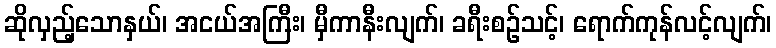
ဆိုလှည့်သောနှယ်၊ အငယ်အကြီး၊ မှီကာနီးလျက်၊ ခရီးစဉ်သင့်၊ ရောက်ကုန်လင့်လျက်၊